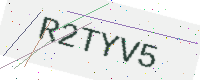
Text: R2TYV5